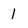
Character: 1